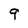
Character: 9